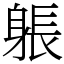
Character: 躼